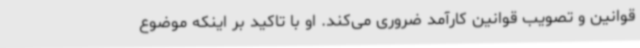
قوانین و تصویب قوانین کارآمد ضروری می‌کند. او با تاکید بر اینکه موضوع